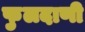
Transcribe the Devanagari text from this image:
फुलदाणी